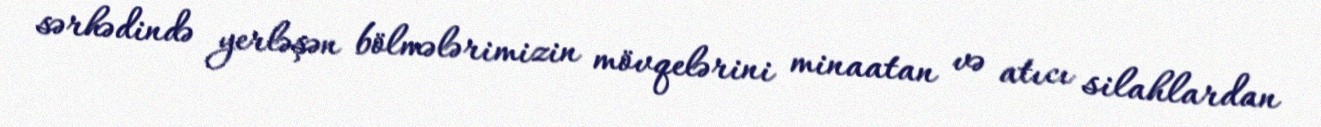
sərhədində yerləşən bölmələrimizin mövqelərini minaatan və atıcı silahlardan